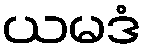
ယမဒံ